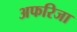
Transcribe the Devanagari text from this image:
अफरिजा